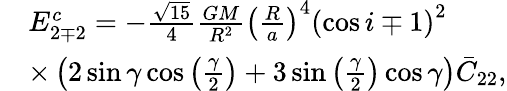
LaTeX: \begin{array}{rl}&{E_{2\mp 2}^{c}=-\frac{\sqrt{15}}{4}\frac{GM}{R^{2}}\left(\frac{R}{a}\right)^{4}\left(\cos i\mp 1\right)^{2}}\\ &{\times\left(2\sin\gamma\cos\left(\frac{\gamma}{2}\right)+3\sin\left(\frac{\gamma}{2}\right)\cos\gamma\right)\bar{C}_{22},}\end{array}